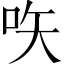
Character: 𠱈